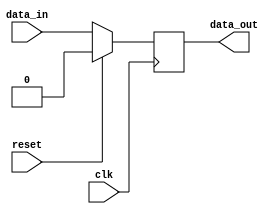
module sequential_logic_block (
    input wire clk,
    input wire reset,
    input wire data_in,
    output reg data_out
);

always @(posedge clk) begin
    if (reset) begin
        data_out <= 1'b0; // reset data_out to 0
    end else begin
        data_out <= data_in; // store data_in on positive edge of clock
    end
end

endmodule